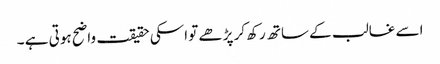
اسے غالب کے ساتھ رکھ کر پڑھے تو اسکی حقیقت واضح ہوتی ہے ۔